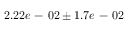
2 . 2 2 e \mathrm { ~ - ~ } 0 2 \pm 1 . 7 e \mathrm { ~ - ~ } 0 2